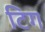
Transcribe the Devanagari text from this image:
टिग